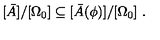
[ \bar { A } ] / [ \Omega _ { 0 } ] \subseteq [ \bar { A } ( \phi ) ] / [ \Omega _ { 0 } ] \ .